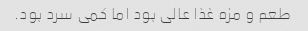
طعم و مزه غذا عالی بود اما کمی سرد بود.